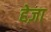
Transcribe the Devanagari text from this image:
हेज़ा